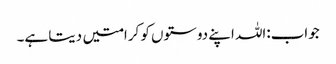
جواب:اللہ اپنے دوستوں کو کرامتیں دیتا ہے۔